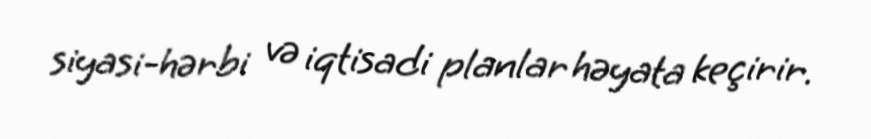
siyasi-hərbi və iqtisadi planlar həyata keçirir.